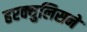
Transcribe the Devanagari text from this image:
हरक्युलिसने